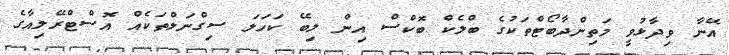
އޭނާ ވިދާޅުވީ މަތިންދާބޯޓްތަކުގެ ބްލެކް ބޮކްސް އިން ލިބޭ ކަހަލަ ސިގްނަލްތަކެއް އޮސްޓްރޭލިއާގެ